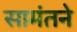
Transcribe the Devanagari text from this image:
सामंतने